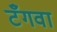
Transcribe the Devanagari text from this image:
टँगवा